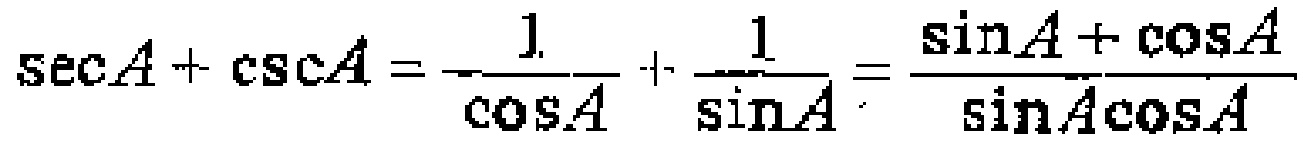
\(\sec A+\csc A=\frac{1}{\cos A}+\frac{1}{\sin A}=\frac{\sin A + \cos A}{\sin A\cos A}\)